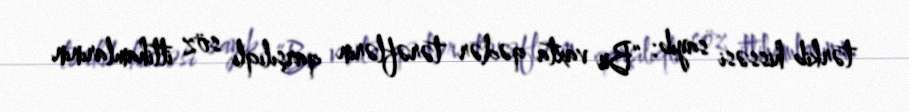
tərkib hissəsi sayıb: “Bu vaxta qədər tərəflərin qarşılıqlı söz ittihamlarının